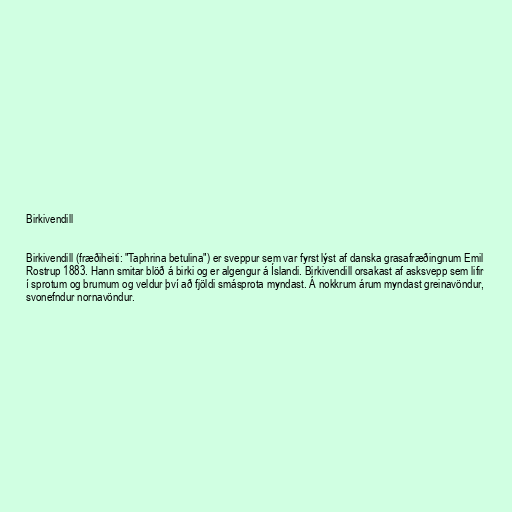
Birkivendill

Birkivendill (fræðiheiti: "Taphrina betulina") er sveppur sem var fyrst lýst af danska grasafræðingnum Emil
Rostrup 1883. Hann smitar blöð á birki og er algengur á Íslandi. Birkivendill orsakast af asksvepp sem lifir
í sprotum og brumum og veldur því að fjöldi smásprota myndast. Á nokkrum árum myndast greinavöndur,
svonefndur nornavöndur.